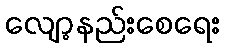
လျော့နည်းစေရေး